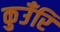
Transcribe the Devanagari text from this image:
कुउँरि